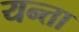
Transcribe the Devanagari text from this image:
यन्ता